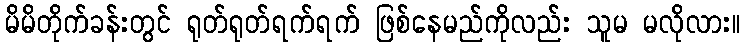
မိမိတိုက်ခန်းတွင် ရုတ်ရုတ်ရက်ရက် ဖြစ်နေမည်ကိုလည်း သူမ မလိုလား။